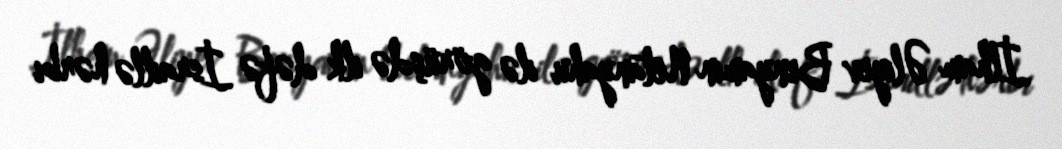
İlham Əliyev Benyamin Netanyahu ilə görüşdə ilk dəfə İsraillə hərbi